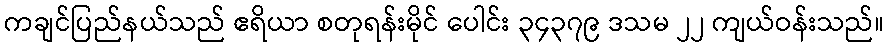
ကချင်ပြည်နယ်သည် ဧရိယာ စတုရန်းမိုင် ပေါင်း ၃၄၃၇၉ ဒသမ ၂၂ ကျယ်ဝန်းသည်။